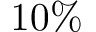
1 0 \%